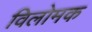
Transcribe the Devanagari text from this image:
विलोमक